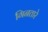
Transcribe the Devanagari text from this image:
गिनतारे